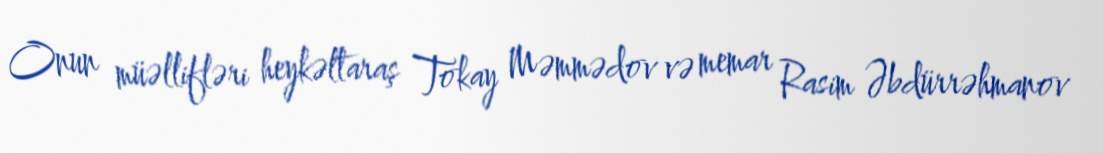
Onun müəllifləri heykəltaraş Tokay Məmmədov və memar Rasim Əbdürrəhmanov